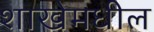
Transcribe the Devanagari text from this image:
शाखेमधील